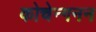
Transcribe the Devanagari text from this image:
कोचेन्गनन